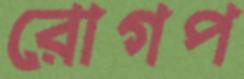
রোগপ